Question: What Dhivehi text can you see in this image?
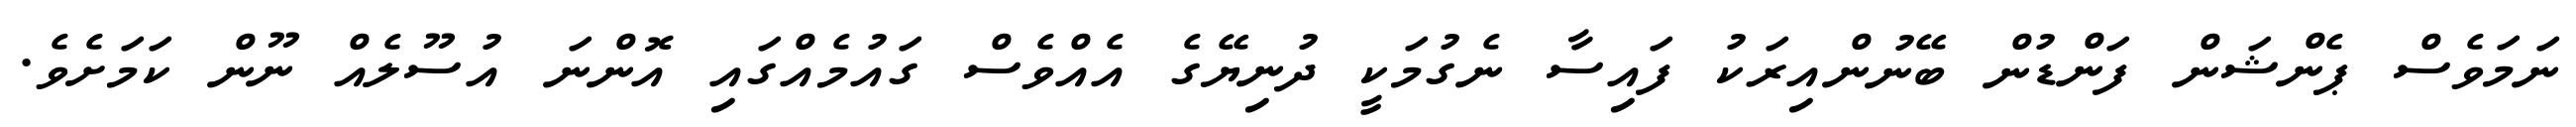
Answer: ނަމަވެސް ޕެންޝަން ފަންޑުން ބޭނުންއިރަކު ފައިސާ ނެގުމަކީ ދުނިޔޭގެ އެއްވެސް ގައުމެއްގައި އޮންނަ އުސޫލެއް ނޫން ކަމަށެވެ.